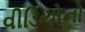
વીડિયોનો